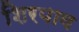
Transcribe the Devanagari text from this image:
शिरपाव